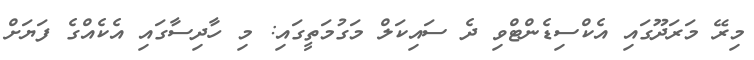
މިރޭ މަރަދޫގައި އެކްސިޑެންޓްވި ދެ ސައިކަލް މަގުމަތީގައި: މި ހާދިސާގައި އެކެއްގެ ފަޔަށް